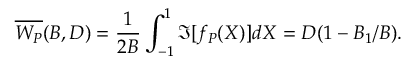
\overline { { W _ { P } } } ( B , D ) = \frac { 1 } { 2 B } \int _ { - 1 } ^ { 1 } \Im [ f _ { P } ( X ) ] d X = D ( 1 - B _ { 1 } / B ) .